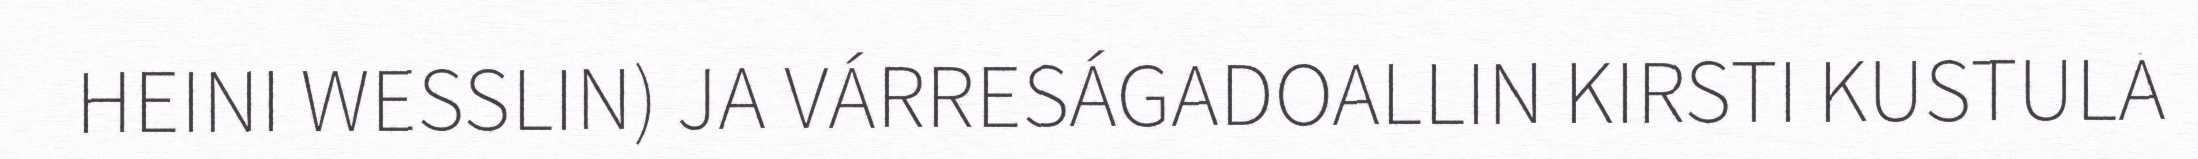
HEINI WESSLIN) JA VÁRRESÁGADOALLIN KIRSTI KUSTULA